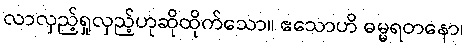
လာလှည့်ရှုလှည့်ဟုဆိုထိုက်သော။ ဧသောဟိ ဓမ္မရတနော၊